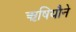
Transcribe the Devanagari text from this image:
ऋषियौने